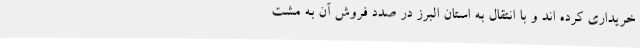
خریداری کرده اند و با انتقال به استان البرز در صدد فروش آن به مشت